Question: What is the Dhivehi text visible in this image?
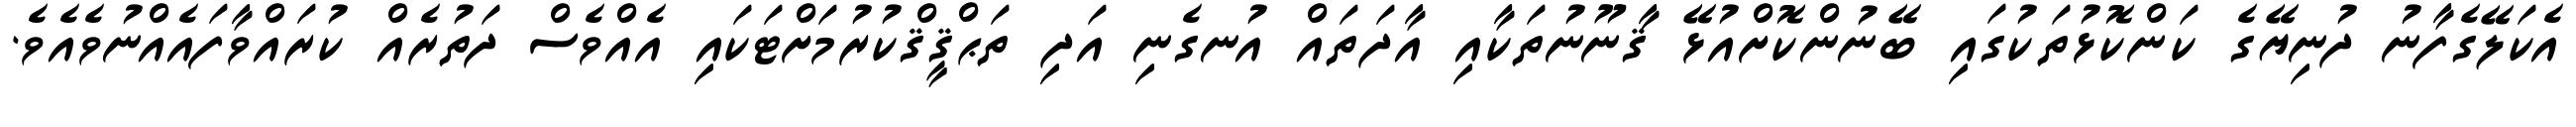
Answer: އެކަލޭގެފާނު ދުނިޔޭގެ ކަންކޮޅުތަކުގައި ބޭނުންކޮށްއުޅޭ ޤާނޫނުތަކާއި އާދަތައް އުނގެނި އަދި ތަޙްޤީޤްކުރުމަށްޓަކައި އެއްވެސް ދަތުރެއް ކުރައްވާފައެއްނުވެއެވެ.